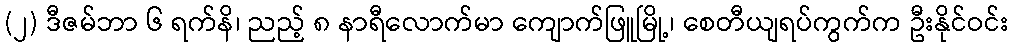
(၂) ဒီဇမ်ဘာ ၆ ရက်နိ၊ ညည့် ၈ နာရီလောက်မာ ကျောက်ဖြူမြို့၊ စေတီယျရပ်ကွက်က ဦးနိုင်ဝင်း